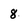
Character: 8